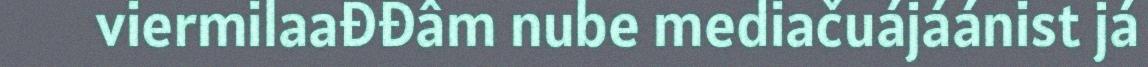
viermilaađđâm nube mediačuájáánist já